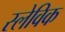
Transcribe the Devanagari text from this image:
स्लेविक